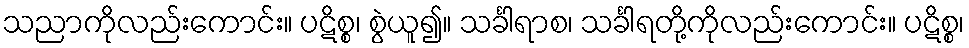
သညာကိုလည်းကောင်း။ ပဋိစ္စ၊ စွဲယူ၍။ သင်္ခါရာစ၊ သင်္ခါရတို့ကိုလည်းကောင်း။ ပဋိစ္စ၊